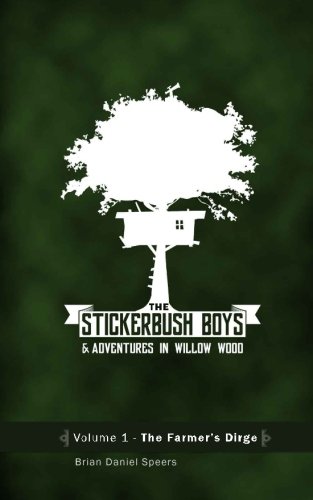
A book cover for The Stickerbush Boys: The Farmer's Dirge (Adventures in Willow Wood) (Volume 1); Brian Daniel Speers; Teen & Young Adult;